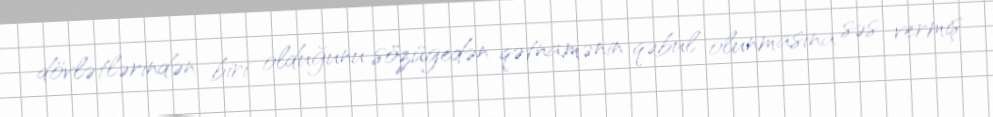
dövlətlərindən biri olduğunu sözügedən qətnamənin qəbul olunmasına səs vermiş